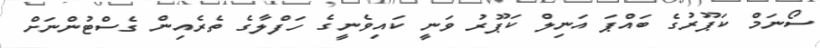
ސޯނަމް ކަޕޫރުގެ ބައްޕަ އަނިލް ކަޕޫރު ވަނީ ކައިވެނީގެ ހަފްލާގެ ތެރެއިން ގެސްޓުންނަށް